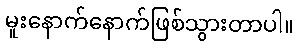
မူးနောက်နောက်ဖြစ်သွားတာပါ။